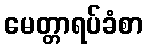
မေတ္တာရပ်ခံစာ